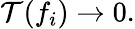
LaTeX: \mathcal{T}(f_{i})\to0.